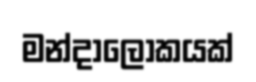
මන්දාලෝකයක්